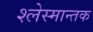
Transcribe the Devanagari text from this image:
श्लेस्मान्तक